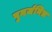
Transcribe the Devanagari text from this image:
पुनर्जनित्र